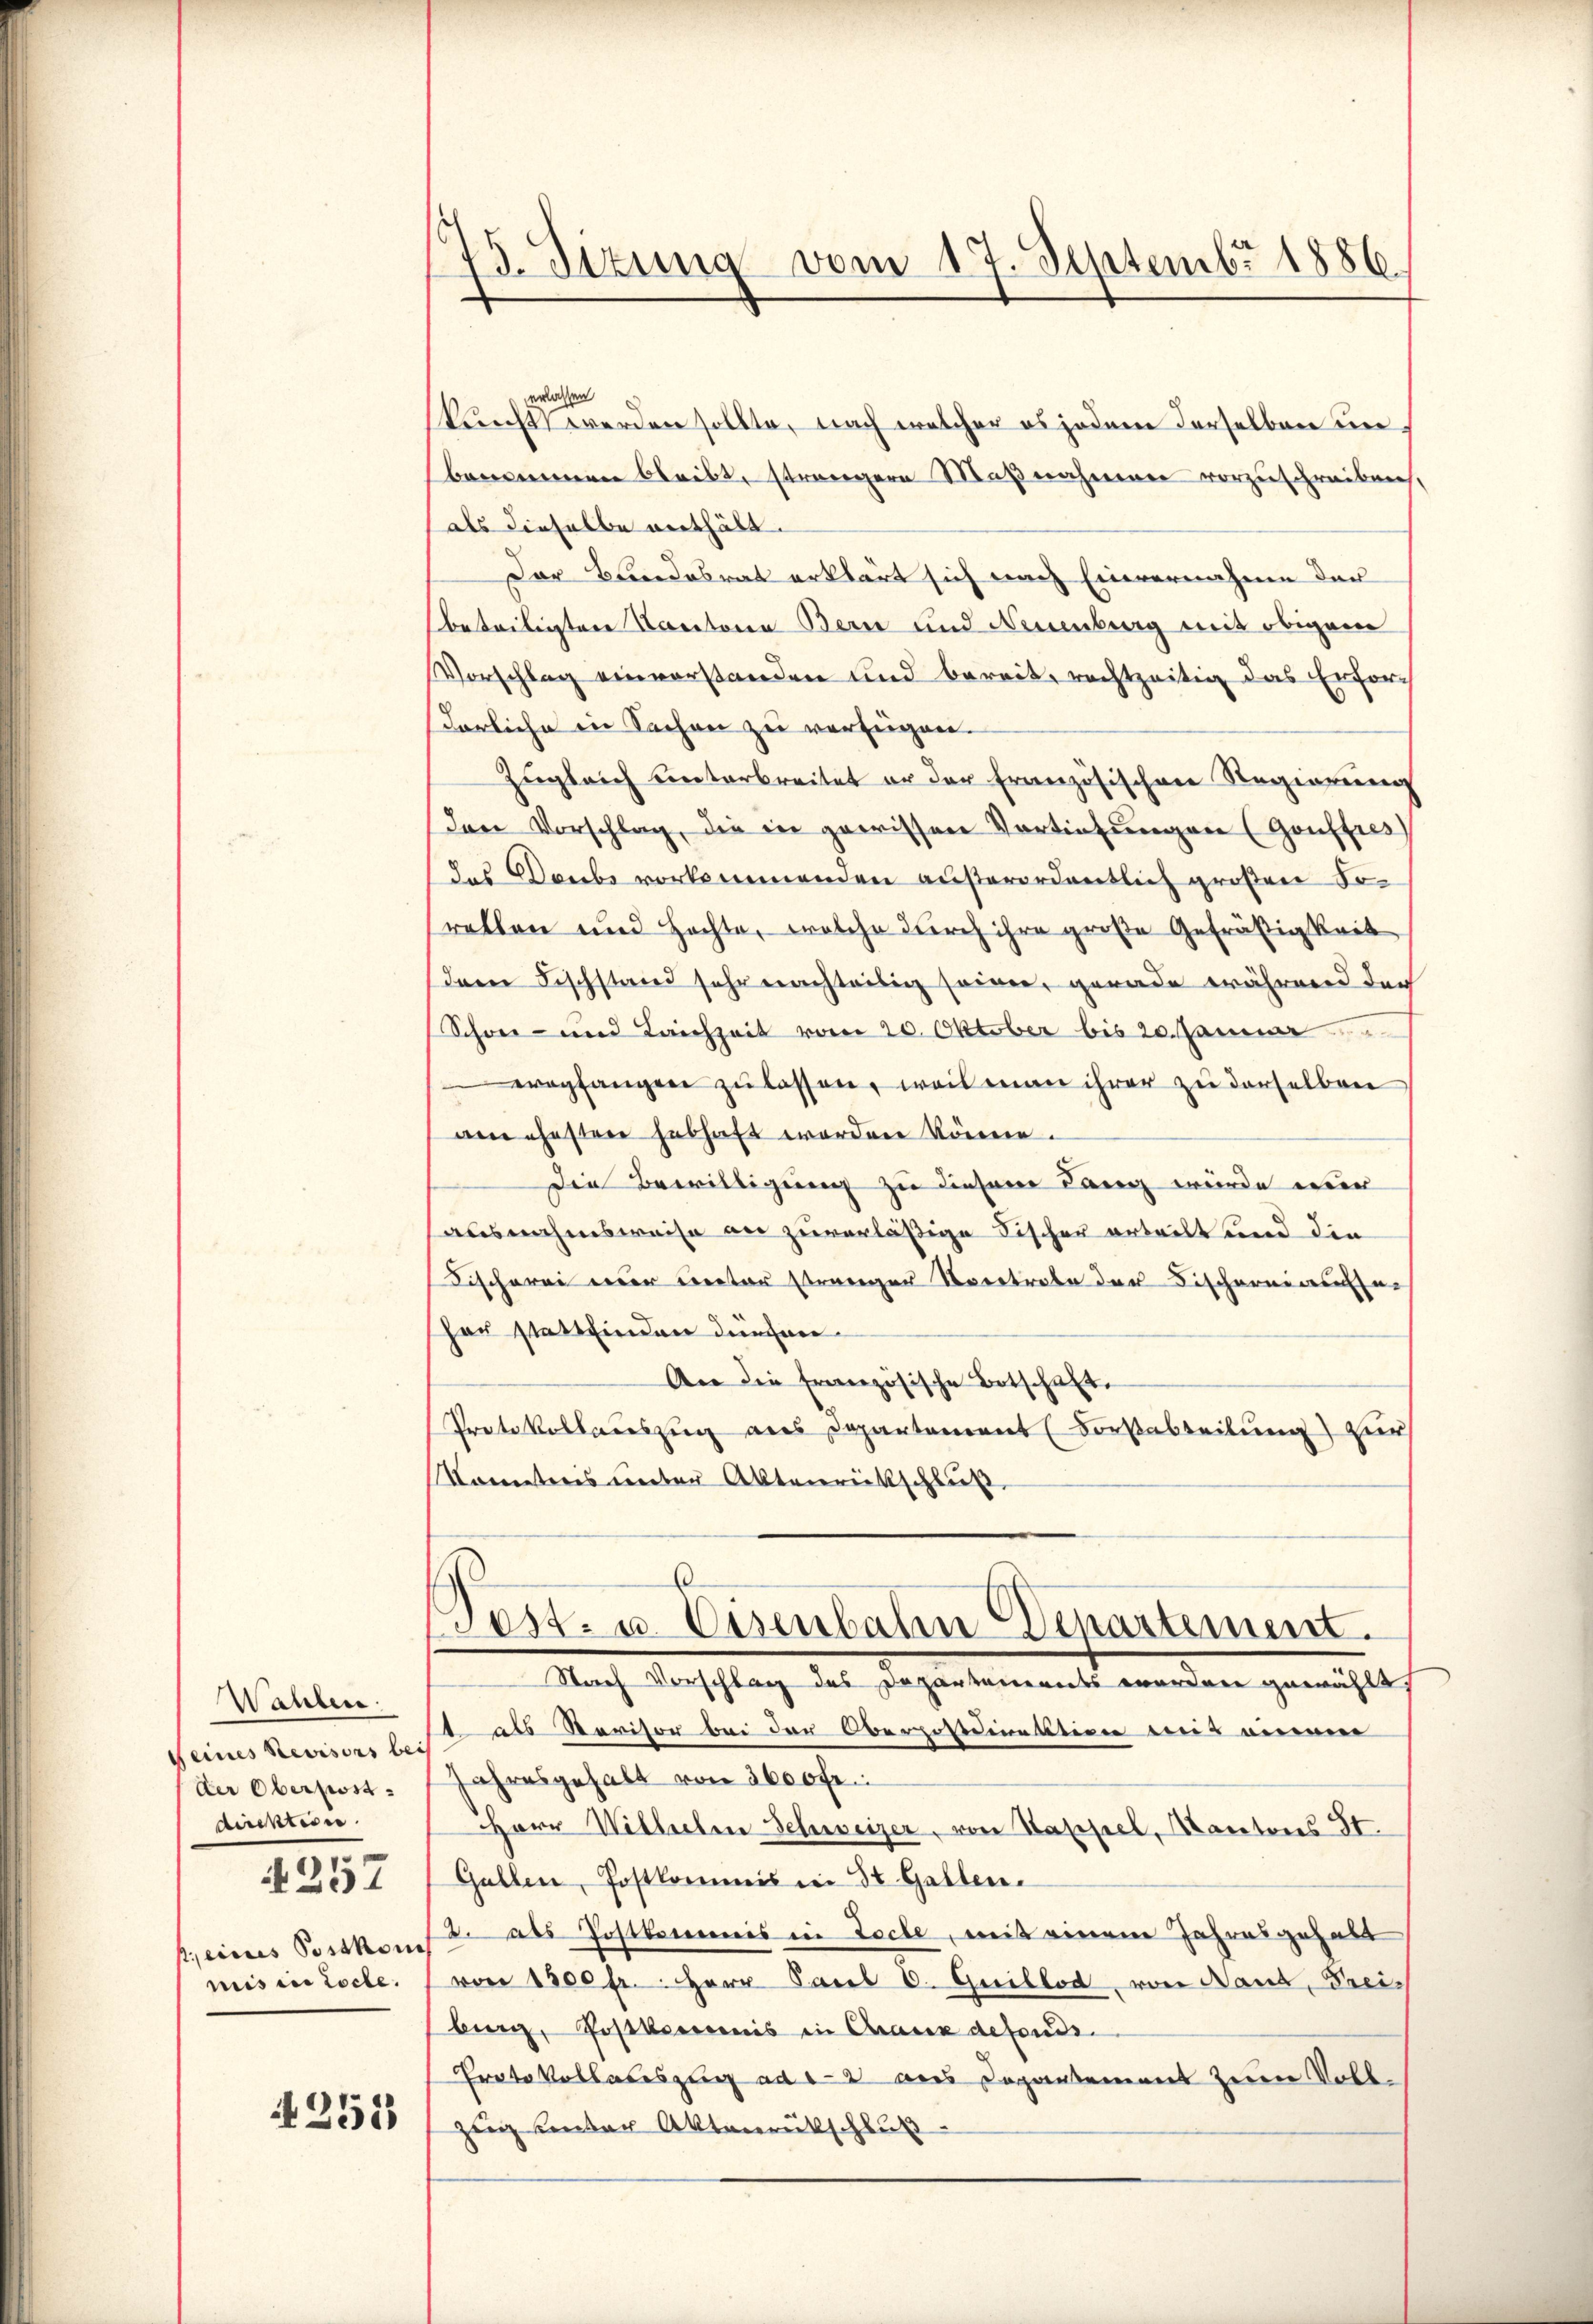
Wahlen.
direktion.
1 eines Postkom
mis in Loche.

257

erlassen
kunft werden sollte, nach welcher es jedem derselben unbernenneren bleibt, strengere Maßnahmen vorzuschreiben,
als dieselbe enthält.
Der Bundesrat erklärt sich nach Einvernahme der
beteiligten Kantone Bern und Neuenburg mit obigem
Vorschlag einverstanden und bereit, rechtzeitig das Erforderliche in Sachen zu verfügen.
Zugleich unterbreitet er der französischen Regierung
den Vorschlag, die in gewissen Vortiefungen (Gouffres
das Daubs vorkommenden außerordentlich großen Foretten und Hochte, welche durch ihre große Gefräßigkeit
dem Fischstand sehr nachteilig seiner, gerade während der
Schon - und Laichzeit vom 20. Oktober bis 20. Januar
eapfangen zŭ lassen, weil man ihrer zu derselben
am ehesten habhaft worden könne.
Die Bewilligung zu diesem Lang wurde nur
ausnahmsweise an zuverläßige Fischer erteilt und die
Fischerei der Rector strenger Vortrete der Fischereinse
her stattfinden dürchen
An die französische Botschaft.
Protokollauszug aus Departement (Fortabteilung) zur
Kometris unter Aktenrückschluß

251

3. Situng vom 17. Septembr 1886.

Pest- u. Eisenbalen Departement.
Stach Vorschlag des Departemendes werden gewählt,

seines Revisors seist als Revisor bei der Oberpostdirektion mit einem
der Oberpost. Jahresgehalt von 5000fr.
HHerr Wilhelm Schweizer, von Kappel, Kantons St.
Gallen, Postkommis in St. Gallen.
2. als Postkommis in Loche, mit einem Jahresgehalt
von 1300 fr. Herr Paul u. Guillod, von Naud, Prei-
burg, Postkreis in Chaux defonds.
Ernte Vollauszug ad 12 aus Departement zum Voll¬
Zeig unter Aktenrückschluß